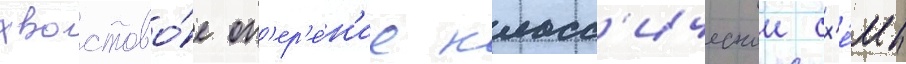
хвостово́е оп'ер'е́н'ие класс'ическои сх'е́мы